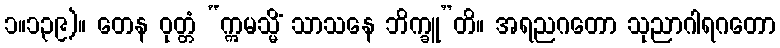
၁။၁၃၉)။ တေန ဝုတ္တံ “ဣမသ္မိံ သာသနေ ဘိက္ခူ”တိ။ အရညဂတော သုညာဂါရဂတော